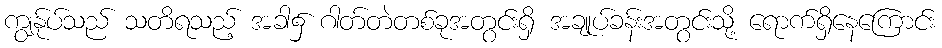
ကျွန်ုပ်သည် သတိရသည့် အခါ၌ ဂါတ်တဲတစ်ခုအတွင်းရှိ အချုပ်ခန်းအတွင်းသို့ ရောက်ရှိနေကြောင်း